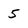
Character: 5